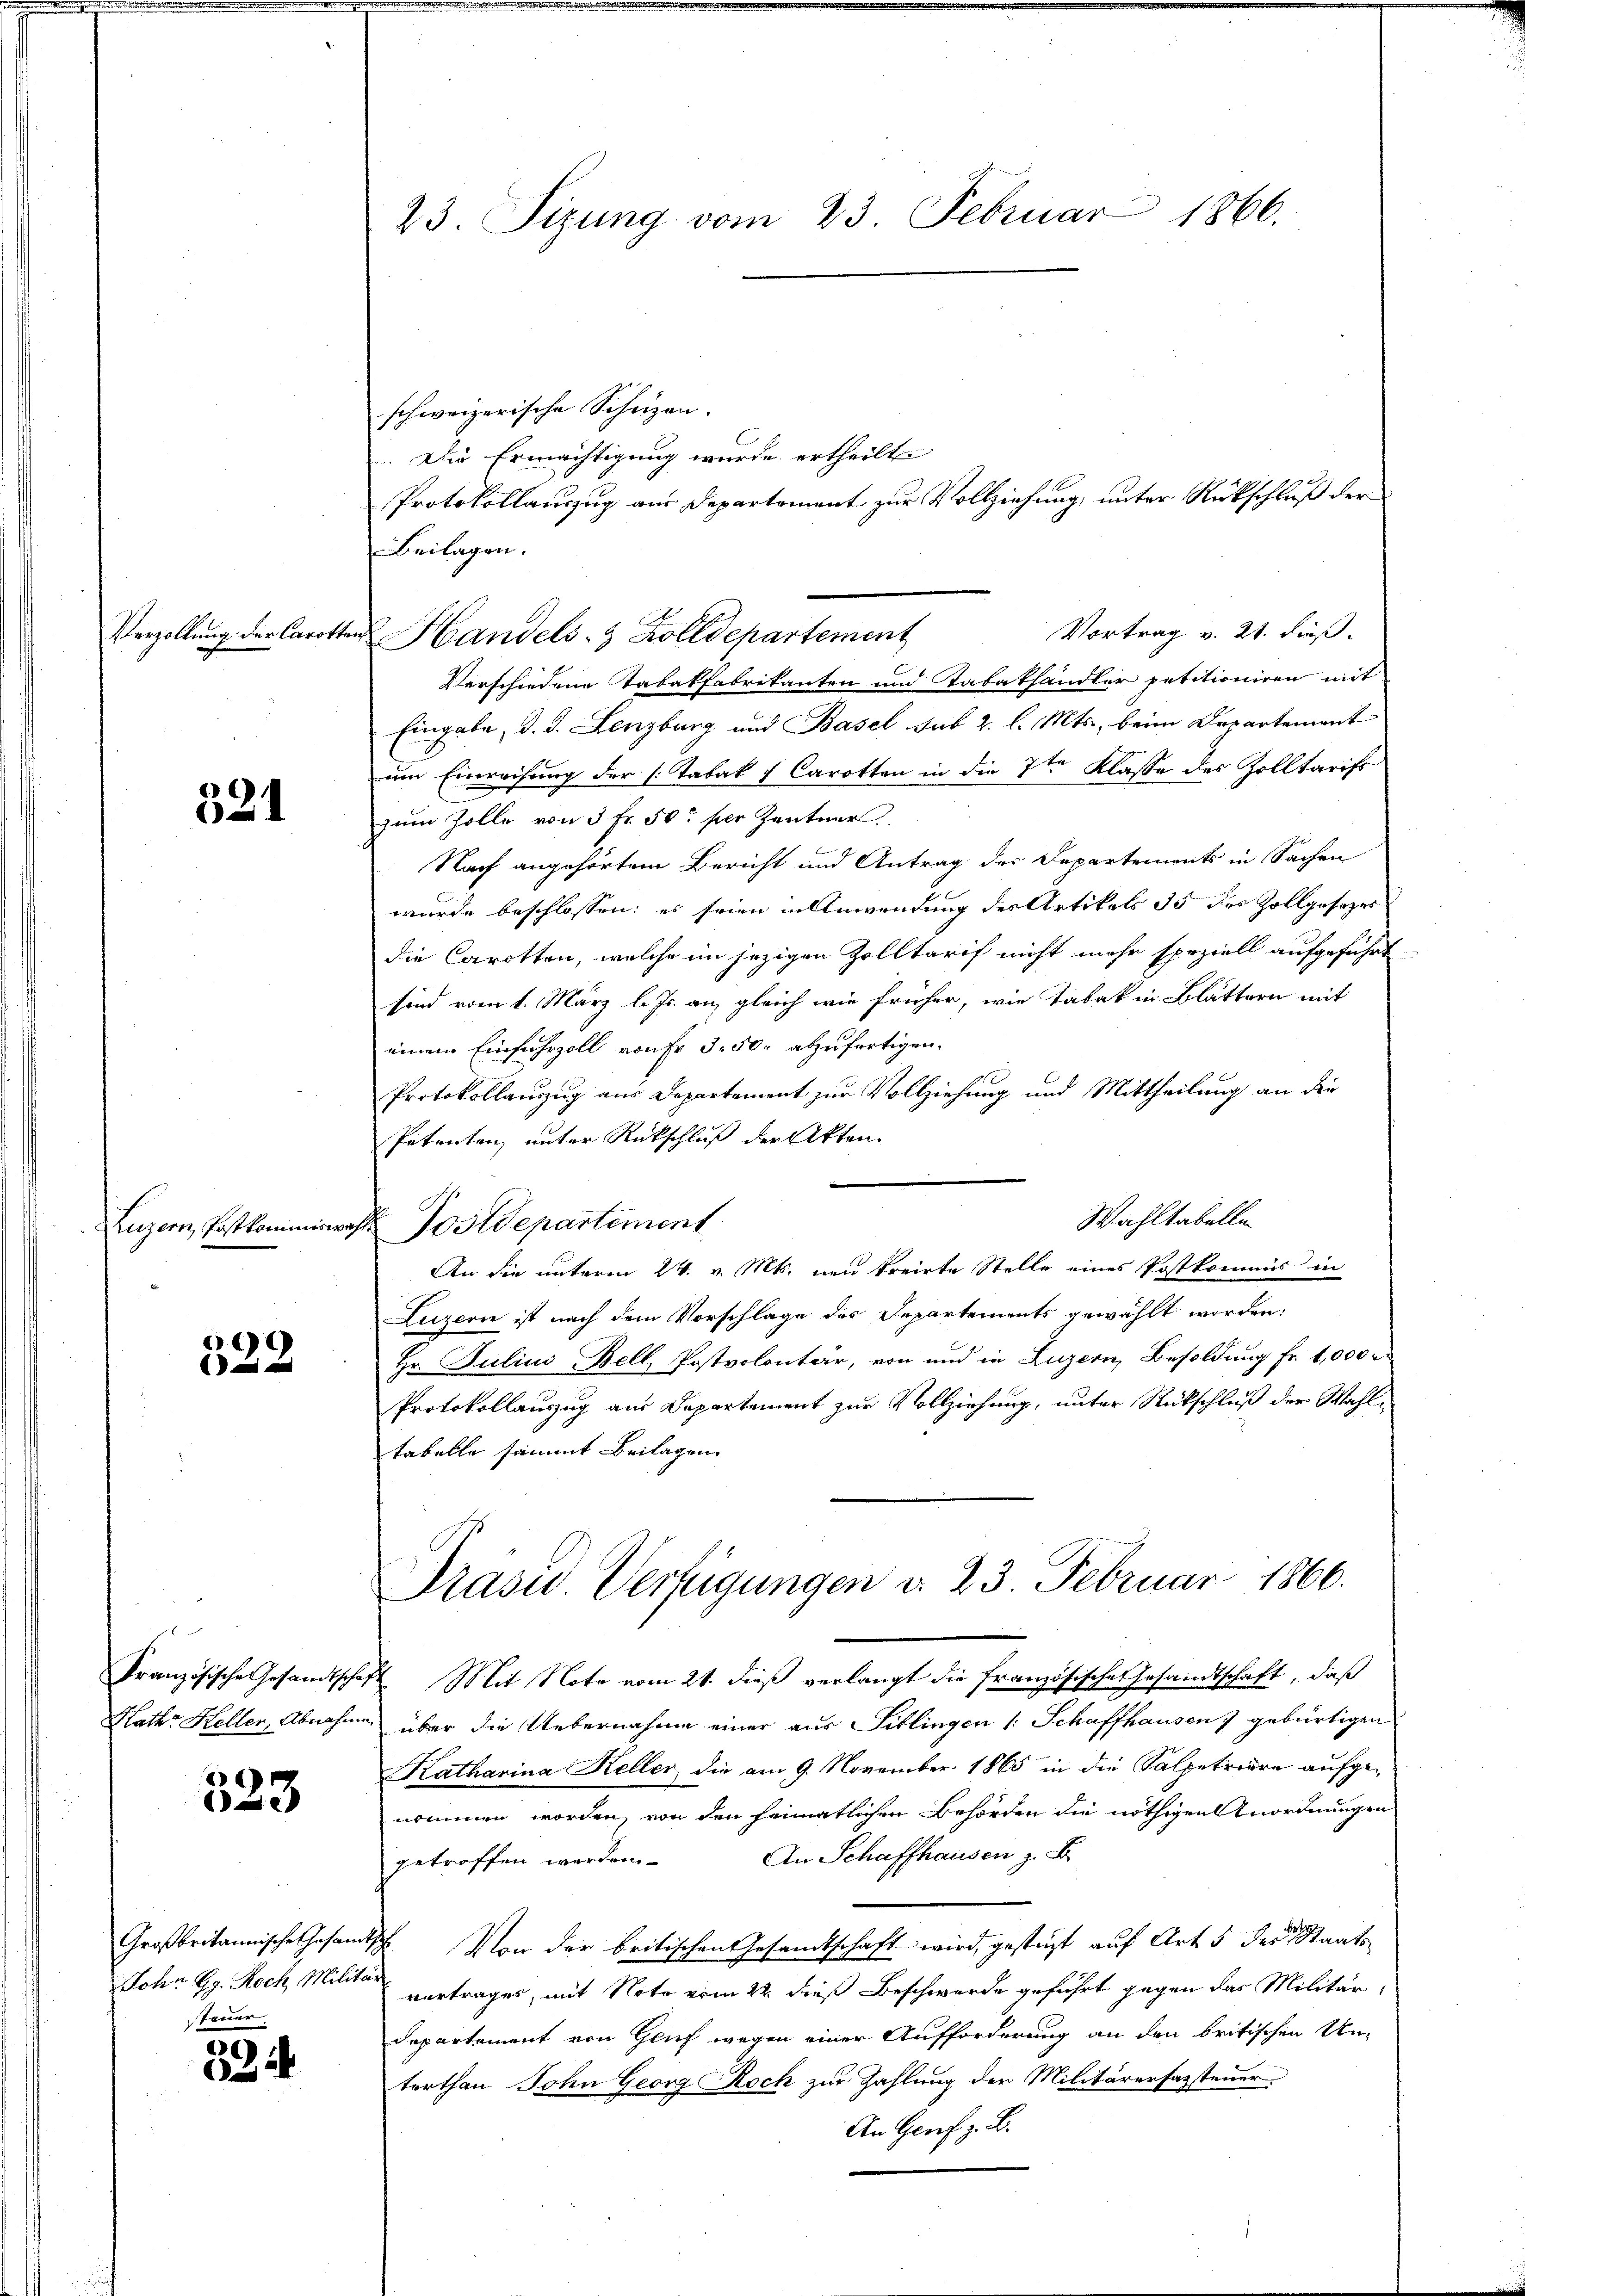
Verzöllung der Carotte

6
2

Luzern, Postkommnisiren,

6
  und

Französische Gesandtschaf
Kathe Heller, Abnahme

e
e

Großbritannische Gesam
John G. Rock, Milita
steuer.

324

23. Sizung vom 23. Februar 1866.

Wahltabelle

schweizerische Schuzen.
Die Ermächtigung wurde ertheilt
Protokollauszug aus Departement zur Vollziehung, unter Rückschluß der
Beilagen.
Vortrag v. 21. dieß.
Handels- & Zolldepartement
Verschiedene Tabakfabrikanten und Tabakhändler petitioniren mit
Eingabe, d. d. Lenzburg und Basel sub 2. l. Mts., beim Departement
um Einreihung der [Tabak f Carotton in die 7te Klasse des Zolltarifs
zum Zolle von 5 Fr. 50 per Zentner
Nach angehörtem Bericht und Antrag des Departements in Sachen
wurde beschlossen: es seien Anwendung des Artikels ds des Zollgesezes
die Carotten, welche im jezigen Zolltarif nicht mehr speziell aufgeführt.
sind vom 1. März l. Js. an gleich wie früher, wie Tabak in Blättern mit
einem Einfuhrzoll von Fr. 3. 50. abzufertigen.
Protokollauszug aus Departement zur Vollziehung und Mittheilung an die
Petenten, unter Rückschluß der Akten.
Tostdepartement
An die unterm 24. v. Mts. neu kreirte Stelle eines Postkommis in
Luzern ist nach dem Vorschlage des Departements gewählt worden:
Hr. Julius Bell Postvolontär, von und in Luzern, Besoldung fr. 1,000
Protokollauszug am Departement zur Vollziehung, unter Rückschluß der Wahltabelle sammt Beilagen.
Präsid. Verfügungen d. 23. Februar 1866.
 Mit Note vom 21. dieß verlangt die französische Gesandtschaft, daß
über die Uebernahme einer aus Titlingen (: Schaffhausen) gebürtigen
Katharina Keller, die am 9. November 1865 in die Salpetriere aufgenommen worden, von den heimatlichen Behörden die nöthigen Anordnungen
An Schaffhausen z. B.
getroffen werden.
1. Von der britischen Gesamtschaft wird, gesteht auf Art. 5 des Staatsit
vertrages, mit Note vom 22. dieß Beschwerde geführt gegen das Militär-
Departement von Gluf wegen einer Aufforderung an den britischen Untorthan John Georg Roch zur Zahlung der Militärerfassteuer
An Genf z. B.